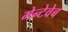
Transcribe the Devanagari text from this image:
मेन्टेवेब